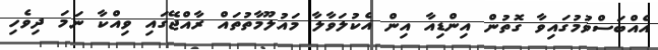
އެއްބަސްވުމުގައިވާ ގޮތުން އިންޑިއާ އިން އެކުލަވާލާ މައުލޫމާތުތައް ރާއްޖޭގައި ވިއްކާ ނަމަ ދިވެހި